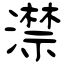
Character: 澿